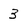
Character: 3